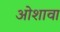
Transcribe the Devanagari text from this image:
ओशावा